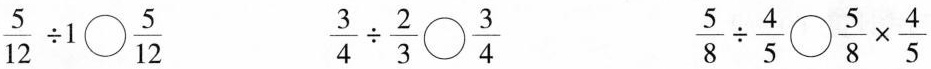
$$\frac{5}{12}\div 1 \bigcirc{} \frac{5}{12}$$ $$\frac{3}{4}\div \frac{2}{3} \bigcirc{} \frac{3}{4}$$ $$\frac{5}{8}\div \frac{4}{5} \bigcirc{} \frac{5}{8}\times \frac{4}{5}$$